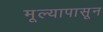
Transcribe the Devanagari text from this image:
मूल्यापासून